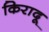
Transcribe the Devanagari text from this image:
किरादू